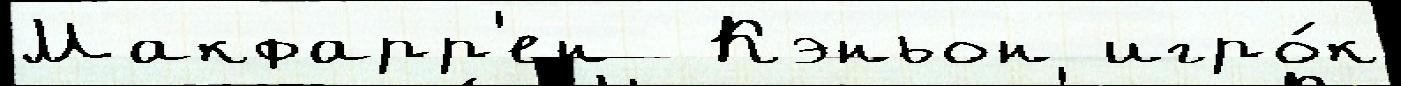
Макфарр'ен  Кэньон игро́к